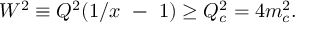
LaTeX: W ^ { 2 } \equiv Q ^ { 2 } ( 1 / x ~ - ~ 1 ) \ge Q _ { c } ^ { 2 } = 4 m _ { c } ^ { 2 } .